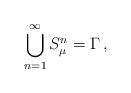
\begin{align*}\bigcup_{n=1}^{\infty} S_{\mu}^n = \Gamma\,,\end{align*}